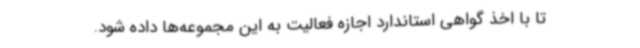
تا با اخذ گواهی استاندارد اجازه فعالیت به این مجموعه‌ها داده شود.